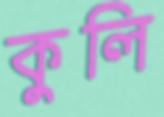
কুলি